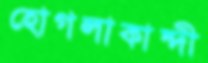
হোগলাকান্দী